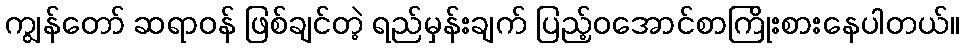
ကျွန်တော် ဆရာဝန် ဖြစ်ချင်တဲ့ ရည်မှန်းချက် ပြည့်ဝအောင်စာကြိုးစားနေပါတယ်။